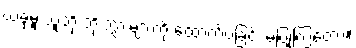
ယခုမူ သူတို့ ဘိုးဘွားများကို ထောက်ပံ့ခြင်း မပြုကြတော့။